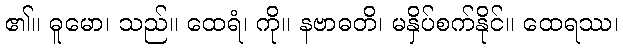
၏။ ဓူမော၊ သည်။ ထေရံ၊ ကို။ နဗာဓတိ၊ မနှိပ်စက်နိုင်။ ထေရဿ၊